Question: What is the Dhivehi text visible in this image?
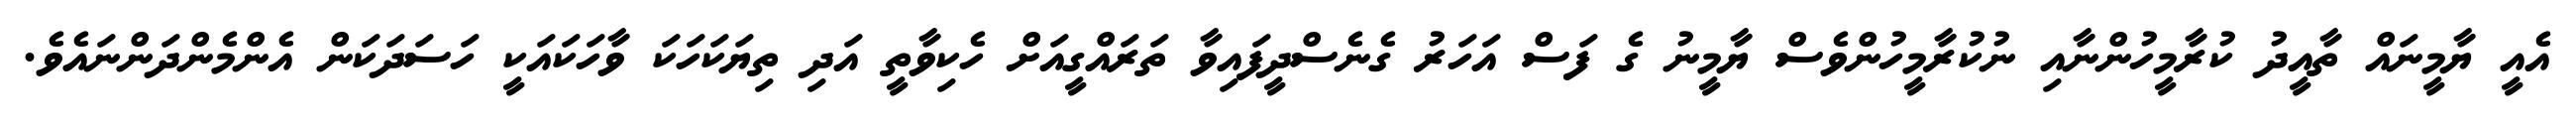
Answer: އެއީ ޔާމީނައް ތާއީދު ކުރާމީހުންނާއި ނުކުރާމީހުންވެސް ޔާމީނު ގެ ފަސް އަހަރު ގެނެސްދީފައިވާ ތަރައްގީއަށް ހެކިވާތީ އަދި ތިޔަކަހަކަ ވާހަކައަކީ ހަސަދަކަން އެންމެންދަންނައެވެ.